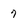
Character: 7